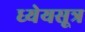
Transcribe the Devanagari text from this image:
ध्येयसूत्र